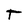
Character: T